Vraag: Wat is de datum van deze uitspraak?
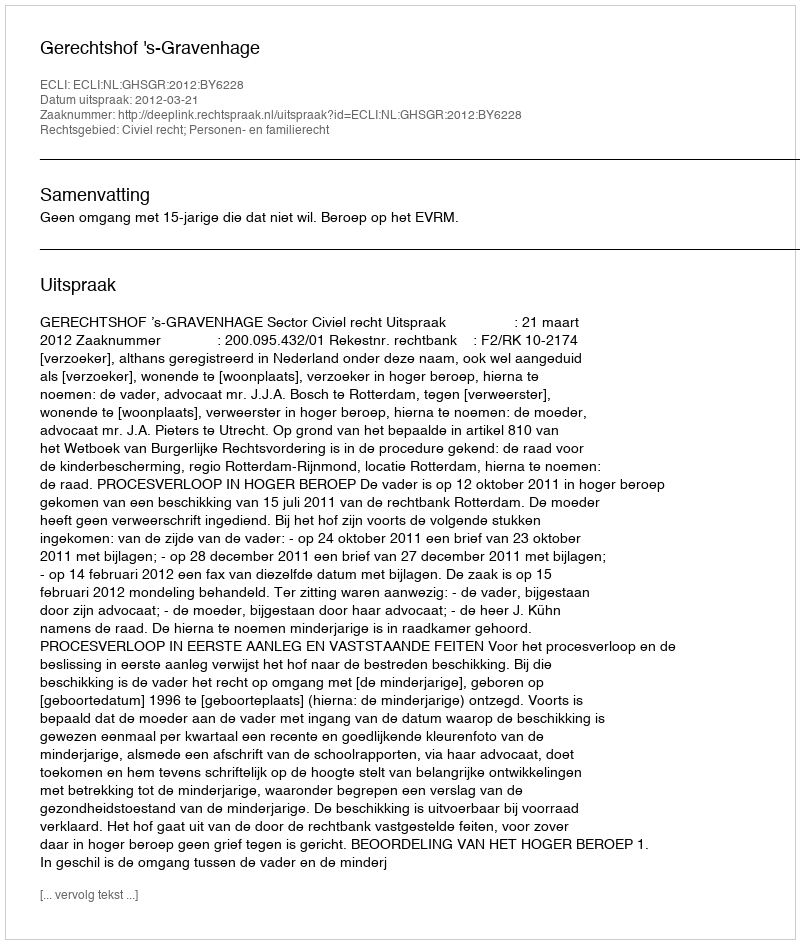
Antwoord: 2012-03-21